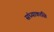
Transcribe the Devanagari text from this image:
संध्याकाळि